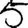
Digit: 5